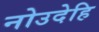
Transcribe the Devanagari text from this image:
नोउदेहि